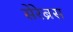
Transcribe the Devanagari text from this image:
सेरेब्रस